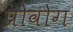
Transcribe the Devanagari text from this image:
प्रोवोग